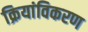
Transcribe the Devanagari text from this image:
क्रियांविकरण